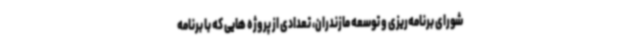
شورای برنامه‌ریزی و توسعه مازندران، تعدادی از پروژه هایی که با برنامه